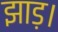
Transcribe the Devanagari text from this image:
झाड़।